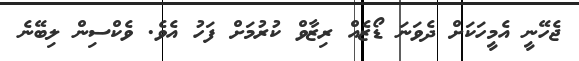
ޖެހޭނީ އެމީހަކަށް ދެވަނަ ޑޯޒެއް ރިޒާވް ކުރުމަށް ފަހު އެވެ. ވެކްސިން ލިބޭނެ